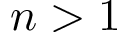
n > 1